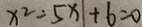
x ^ { 2 } - 5 x + 6 = 0